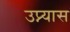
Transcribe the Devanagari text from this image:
उप्न्यास